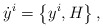
\begin{align*}\dot{y}^i=\left\{ y^i,H \right\} ,\end{align*}